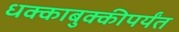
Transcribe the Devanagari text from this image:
धक्काबुक्कीपर्यंत